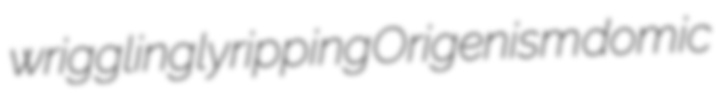
wrigglingly ripping Origenism domic